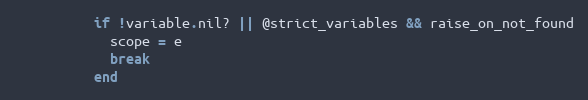
Language: Ruby
          if !variable.nil? || @strict_variables && raise_on_not_found
            scope = e
            break
          end